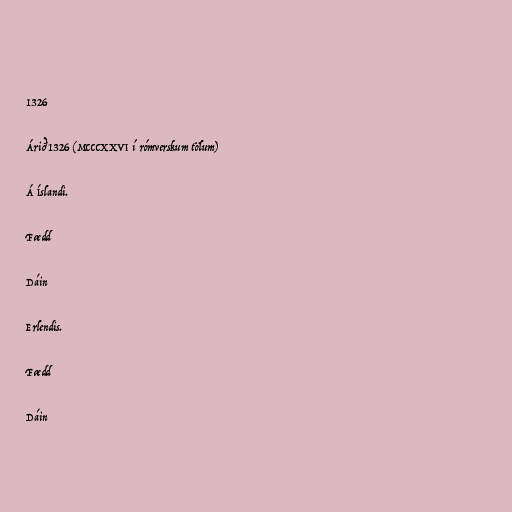
1326

Árið 1326 (MCCCXXVI í rómverskum tölum)

Á Íslandi.

Fædd

Dáin

Erlendis.

Fædd

Dáin